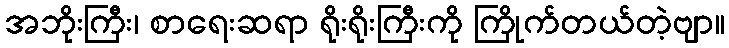
အဘိုးကြီး၊ စာရေးဆရာ ရိုးရိုးကြီးကို ကြိုက်တယ်တဲ့ဗျာ။